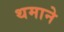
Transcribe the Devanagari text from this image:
थमाने